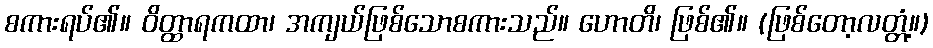
စကားရပ်၏။ ဝိတ္ထာရကထာ၊ အကျယ်ဖြစ်သောစကားသည်။ ဟောတိ၊ ဖြစ်၏။ (ဖြစ်တော့လတ္တံ့။)